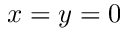
x = y = 0